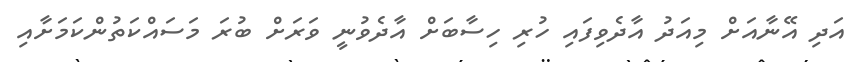
އަދި އޭނާއަށް މިއަދު އާދެވިފައި ހުރި ހިސާބަށް އާދެވުނީ ވަރަށް ބުރަ މަސައްކަތުންކަމަށާއި